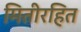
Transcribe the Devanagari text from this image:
मितीरहित